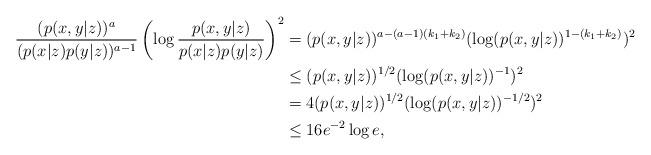
LaTeX: \begin{align*}\frac{(p(x,y|z))^a}{(p(x|z)p(y|z))^{a-1}}\left(\log \frac{p(x,y|z)}{p(x|z)p(y|z)}\right)^2 & = (p(x,y|z))^{a-(a-1)(k_1+k_2)}(\log (p(x,y|z))^{1-(k_1+k_2)})^2\\& \stackrel{}{\le} (p(x,y|z))^{1/2}(\log (p(x,y|z))^{-1})^2 \\& = 4(p(x,y|z))^{1/2}(\log (p(x,y|z))^{-1/2})^2 \\& \stackrel{}{\le} 16 e^{-2}\log e, \end{align*}